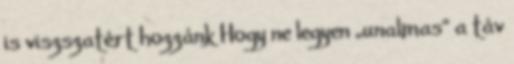
is viszszatért hozzánk Hogy ne legyen „unalmas” a táv